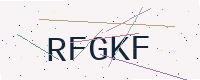
Text: RFGKF